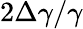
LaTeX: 2\Delta\gamma/\gamma